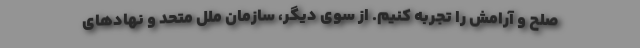
صلح و آرامش را تجربه کنیم. از سوی دیگر، سازمان ملل متحد و نهادهای